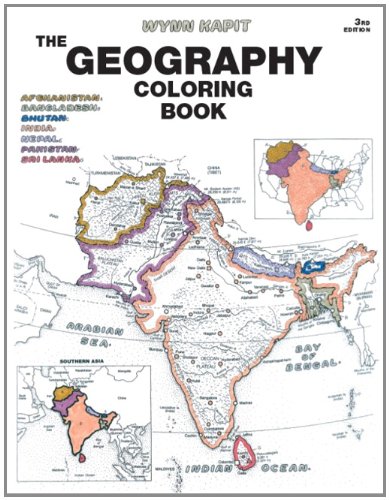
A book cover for Geography Coloring Book (3rd Edition); Wynn Kapit; Science & Math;